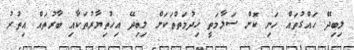
ލިބިދޭ ހައްގުތައް ހަނި ކޮށް ސަލާމަތީ ޚިދުމަތްތަކަށް ލިބިދޭ އިޚުތިޔާރުތަކާއި ބާރުތައް އިތުރު